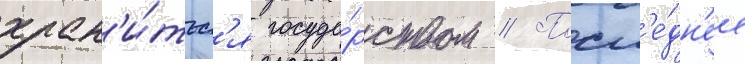
хран'и́тьс'я госуда́рством // Посл'е́дн'ее